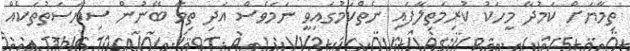
ތިމާޔަށް ކަމުދާ މީހަކު ކުރިމަތިލާފައި ނެތްކަމުގައިވީ ނަމަވެސް އަދި ތިމާ ބޭނުން ސިޔާސަތުތަކެއް